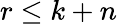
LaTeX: r\le k+n